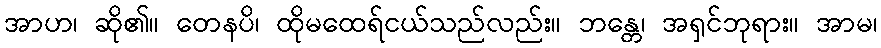
အာဟ၊ ဆို၏။ တေနပိ၊ ထိုမထေရ်ငယ်သည်လည်း။ ဘန္တေ၊ အရှင်ဘုရား။ အာမ၊